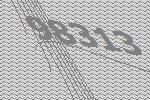
98313